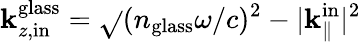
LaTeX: \mathbf{k}_{z,\mathrm{{in}}}^{\mathrm{{glass}}}=\sqrt{}{{(n_{\mathrm{{glass}}}\omega/c)^{2}-|{\mathbf{\mathbf{k}}}_{\parallel}^{\mathrm{{in}}}|^{2}}}